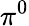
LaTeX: \pi^{0}